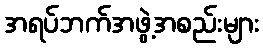
အရပ်ဘက်အဖွဲ့အစည်းများ